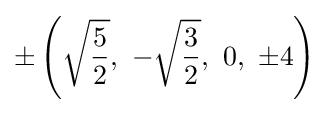
\pm \left({\sqrt {\frac {5}{2}}},\ -{\sqrt {\frac {3}{2}}},\ 0,\ \pm 4\right)